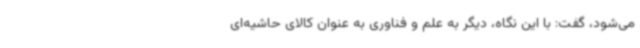
می‌شود، گفت: با این نگاه، دیگر به علم و فناوری به عنوان کالای حاشیه‌ای